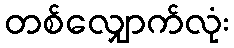
တစ်လျှောက်လုံး